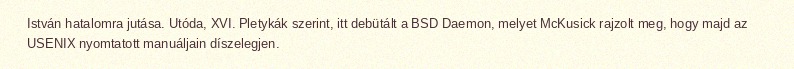
István hatalomra jutása. Utóda, XVI. Pletykák szerint, itt debütált a BSD Daemon, melyet McKusick rajzolt meg, hogy majd az USENIX nyomtatott manuáljain díszelegjen.